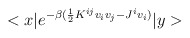
\begin{align*}<x|e^{-\beta (\frac{1}{2}K^{ij}v_iv_j-J^iv_i)}|y>\end{align*}